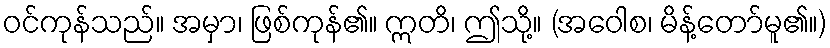
ဝင်ကုန်သည်။ အမှာ၊ ဖြစ်ကုန်၏။ ဣတိ၊ ဤသို့။ (အဝေါစ၊ မိန့်တော်မူ၏။)